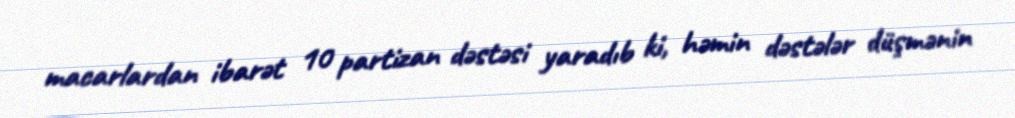
macarlardan ibarət 10 partizan dəstəsi yaradıb ki, həmin dəstələr düşmənin